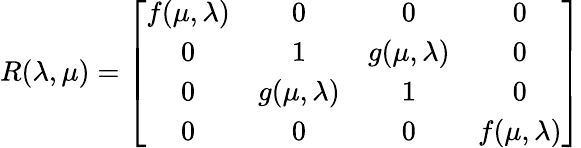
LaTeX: R(\lambda,\mu)=\left[\begin{array}{cccc}{{f(\mu,\lambda)}}&{{0}}&{{0}}&{{0}}\\ {{0}}&{{1}}&{{g(\mu,\lambda)}}&{{0}}\\ {{0}}&{{g(\mu,\lambda)}}&{{1}}&{{0}}\\ {{0}}&{{0}}&{{0}}&{{f(\mu,\lambda)}}\end{array}\right]